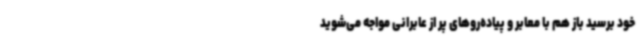
خود برسید باز هم با معابر و پیاده‌روهای پر از عابرانی مواجه می‌شوید